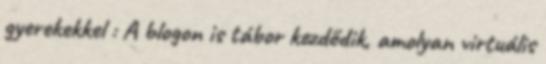
gyerekekkel : A blogon is tábor kezdődik, amolyan virtuális